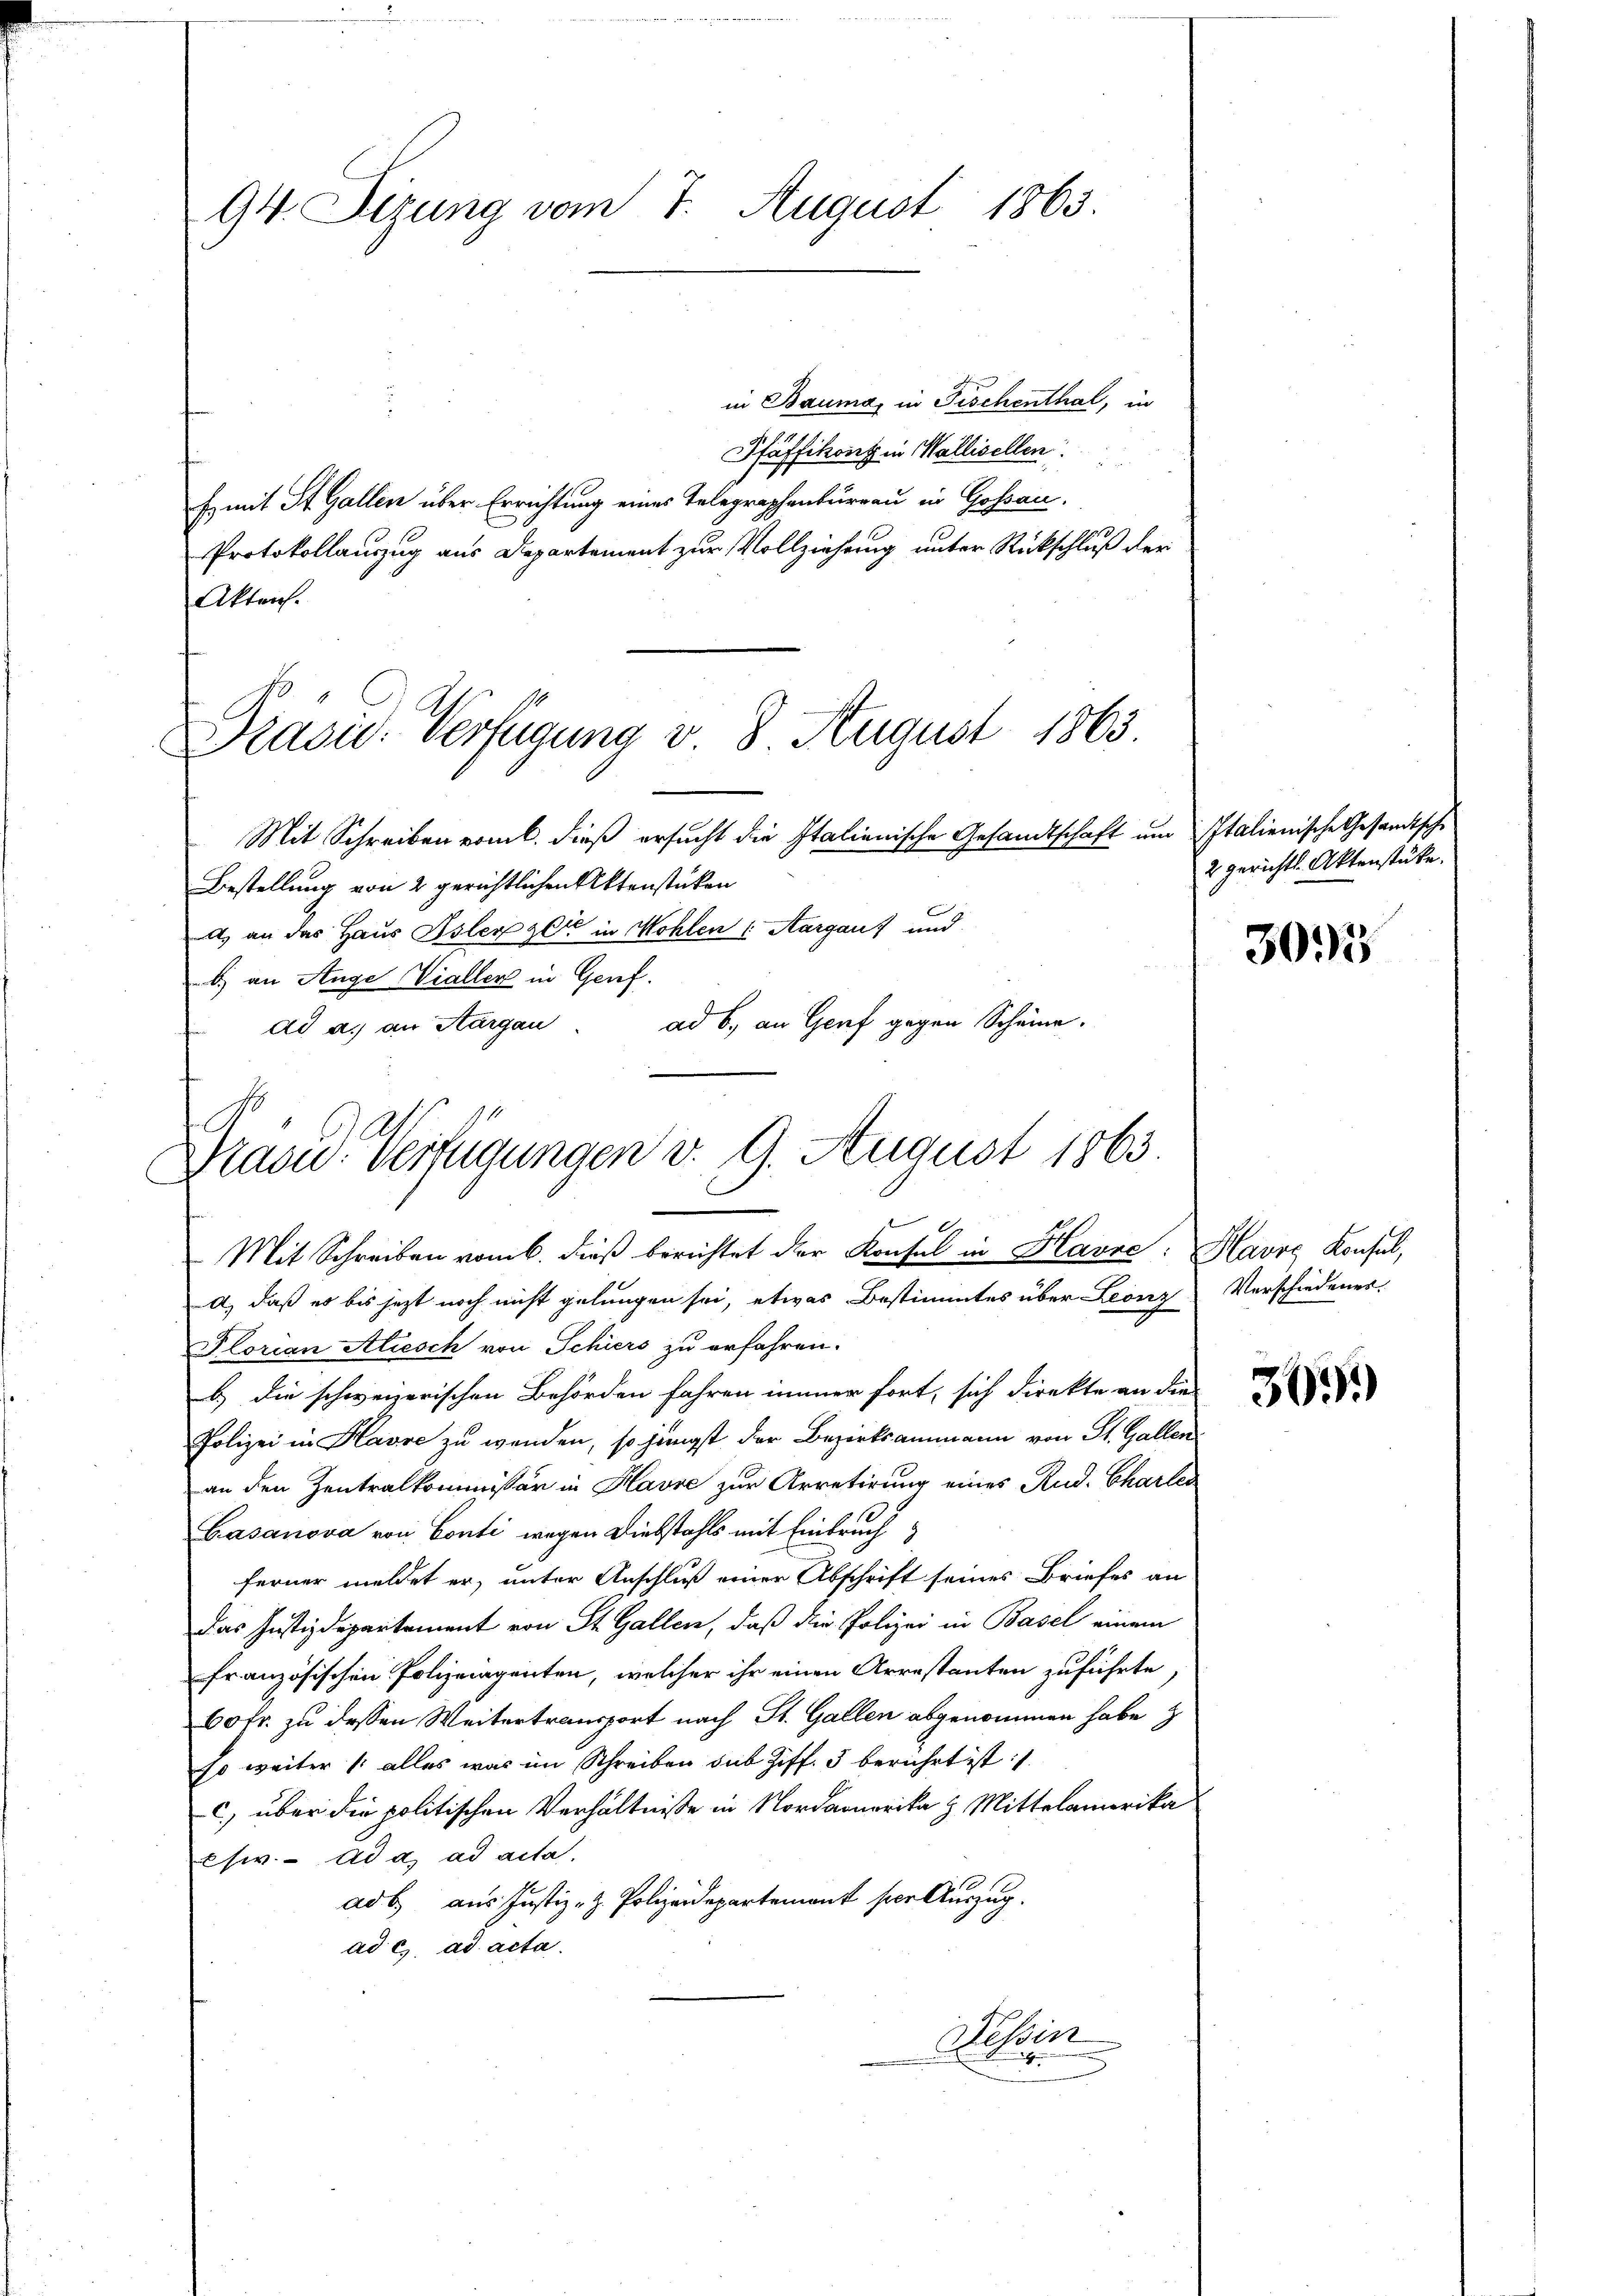
94. Sizung vom 7. August 1863.

Präsid. Verfügung v. 8 August 1863

l
Drand. Verfügungen v. 9. August 1863.

in Bauma, in Fischenthal, in
Pfäffikont in Wallisellen.
Es mit St. Gallen über Errichtung eines Telegraphenbureau in Goßau.
Protokollauszug aus Departement zur Vollziehung unter Rückschluß der
Akten.
Mit Schreiben vom l. dieß ersucht die Italienische Gesandtschaft um Italienische Gesandtsche
Bestellung von 2 gerichtlichen Aktenstücken
A an das Haus Isler zeit in Wohlen (Aargau) und
b.) an Auge Vieller in Genf.
ad b.) an Genf gegen Scheine.
ad a. an Aargau
Mit Schreiben vom 6. dieß berichtet der Konsul in Havre: Havre Konsul,
a), daß es bis jezt noch nicht gelungen sei, etwas Bestimmtes über Leonz Verschiedenes.
Florian Aliesch von Schiers zu erfahren.
b.) die schweizerischen Behörden fahren immer fort, sich direkte an die
Polizei in Havre zu wenden, so jüngst der Bezirksammann von St. Gallen
an den Zentralkommissär in Havre zur Arretirung eines Rud. Charler
Gasanova von Conti wegen Diebstahls mit Einbruch
ferner meldet er, unter Anschluß einer Abschrift seines Briefes an
Das Justizdepartement von St. Gallen, daß die Polizei in Basel einem
französischen Polizeiagenten, welcher ihr einen Arrestanten zuführte
60fr. zu dessen Weitertransport nach St. Gallen abgenommen habe z
so weiter 1. alles was im Schreiben sub Ziff. 3 berührt ist:
c) über die politischen Verhältnisse in Nordamerika & Mittelamerika
esw. Ad a. ad acta.
ad b. aus Justiz- & Polizeidepartement per Auszug.
ad e. ad acta.
Tessin

2 gerichtl. Aktenstüke.

3013

305.